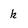
Character: k